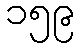
၁၅၉